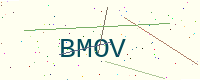
Text: BMOV